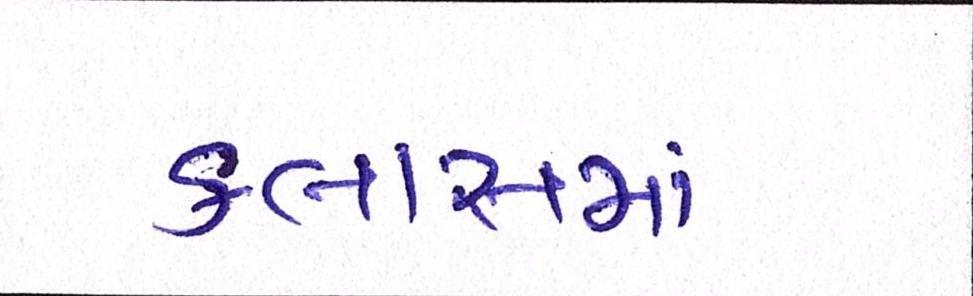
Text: ક્લાસમાં